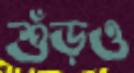
শুঁড়ও